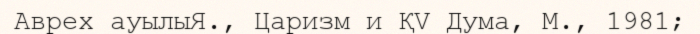
Аврех ауылыЯ., Царизм и ҚV Дума, М., 1981;